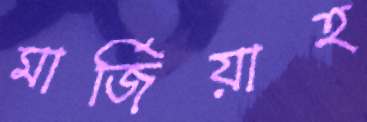
মার্জিয়াহ